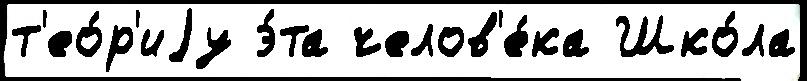
т'ео́р'иjу э́та челов'е́ка Шко́ла